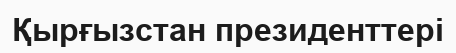
Қырғызстан президенттері